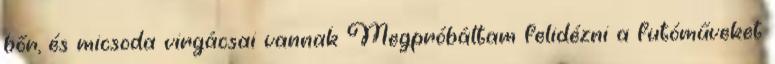
bőr, és micsoda virgácsai vannak Megpróbáltam felidézni a futóműveket